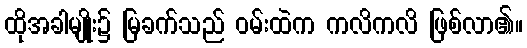
ထိုအခါမျိုး၌ မြခက်သည် ဝမ်းထဲက ကလိကလိ ဖြစ်လာ၏။